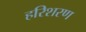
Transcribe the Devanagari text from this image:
हरिशरण